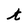
Character: t